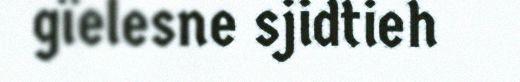
gïelesne sjidtieh